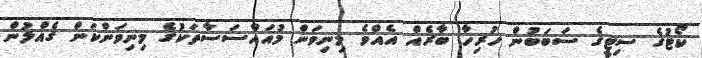
ކޯޓުގެ ސިޓީގެ ސަބަބުން ހުރިހާ ބާރެއް އެއްވެ މިނިވަން މުއައްސަސާތަކުގެ މިނިވަންކަން ގެއްލުން